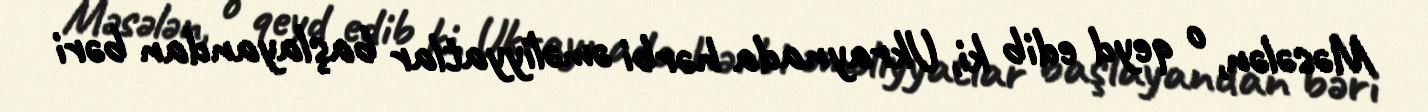
Məsələn, o qeyd edib ki, Ukraynada hərbi əməliyyatlar başlayandan bəri